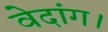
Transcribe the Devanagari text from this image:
वेदांग।